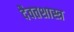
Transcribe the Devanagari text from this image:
दैवतशास्त्र